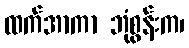
ထက်အာကာ ဘုံစွန်းက၊